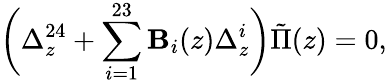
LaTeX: \biggl(\Delta_{z}^{24}+\sum_{i=1}^{23}{\mathbf B}_{i}(z)\Delta_{z}^{i}\biggr)\tilde{\Pi}(z)=0,